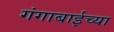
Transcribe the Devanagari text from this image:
गंगाबाईच्या